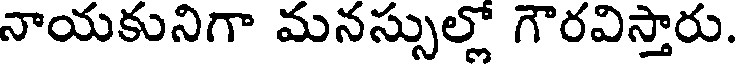
నాయకునిగా మనస్సుల్లో గౌరవిస్తారు.